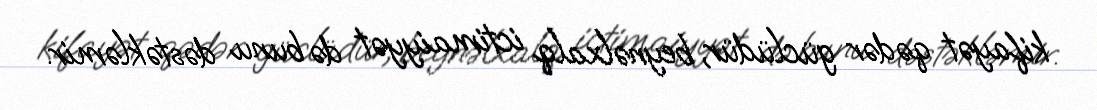
kifayət qədər güclüdür, beynəlxalq ictimaiyyət də bunu dəstəkləmir.